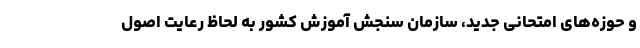
و حوزه‌های امتحانی جدید، سازمان سنجش آموزش کشور به لحاظ رعایت اصول